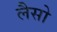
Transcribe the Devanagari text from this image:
लैसो